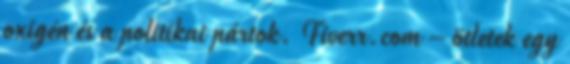
oxigén és a politikai pártok. Fiverr.com – ötletek egy